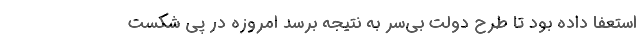
استعفا داده بود تا طرح دولت بی‌سر به نتیجه برسد امروزه در پی شکست